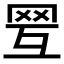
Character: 𦊍